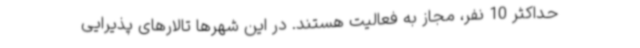
حداکثر 10 نفر، مجاز به فعالیت هستند. در این شهرها تالارهای پذیرایی